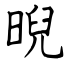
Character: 晲